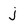
Character: j